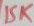
Text: 15K